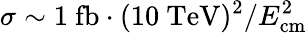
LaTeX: \sigma\sim 1~\mathrm{{fb}}\cdot(10~\mathrm{{TeV}})^{2}/E_{\mathrm{{cm}}}^{2}